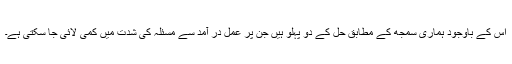
اس کے باوجود ہماری سمجھ کے مطابق حل کے دو پہلو ہیں جن پر عمل در آمد سے مسئلہ کی شدت میں کمی لائی جا سکتی ہے۔